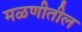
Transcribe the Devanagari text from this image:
मळणीतील